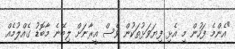
"އެންމެ ފަހުން މި އެޅި ފިޔަވަޅުތަކުން ވެސް އީރާނަށް ލިބޭނެ މާބޮޑު ގެއްލުމެއް